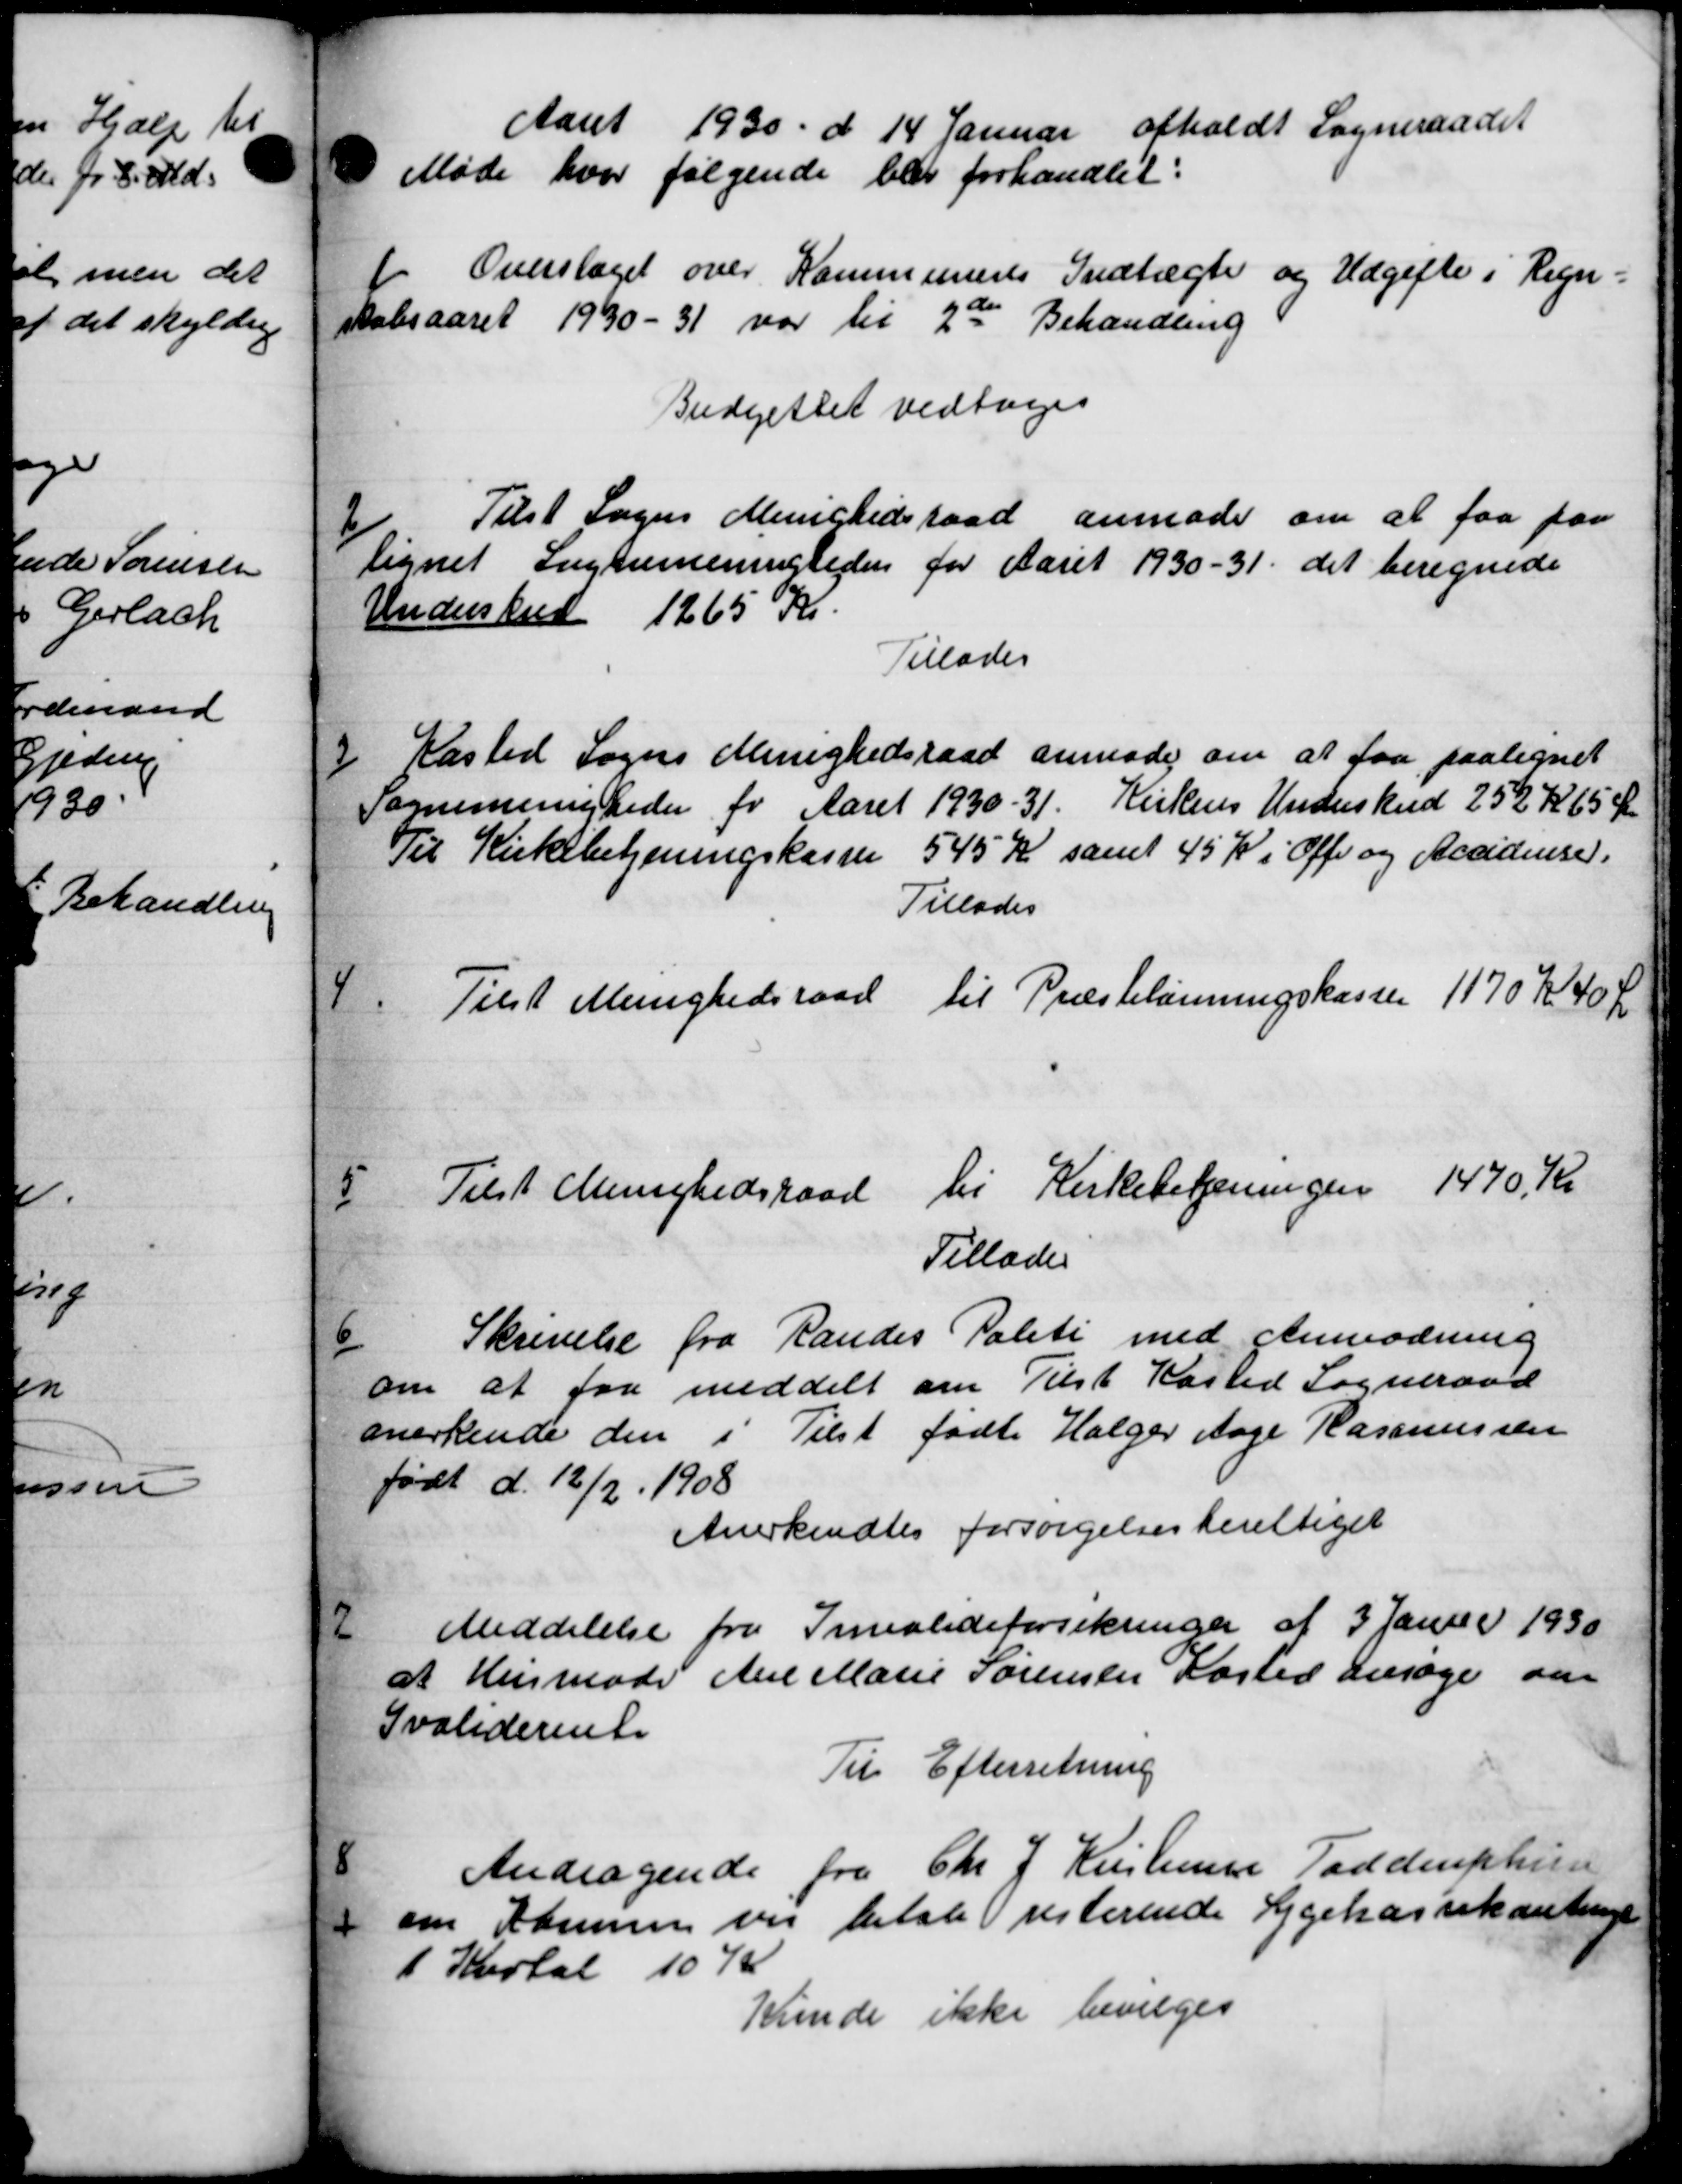
Transskription:
Aaret 1930 d. 14 Januar afholdt Sogneraadet
Møde hvor følgende blev forhandlet:
Overslaget over Kommunens Indtægter og Udgifte i Regn=
Aabsaaret 1930-31 var til 2de Behandling
Budgettet vedtoges
2
Tilst Sogns Menighedsraad anmoder om at faa paa
lignet Luggumeningheden for Aaret 1930-31. det beregnede
Underskred 1265 Kr.
Tillades
3
Kasted Sogns Menighedsraad anmoder om at faa paalignet
Sognemenigheder for Aaret 1930-31. Kirkens Underskud 252 Kr 65 Øre
Til Kirkebetjeningskassen 545 Kr samt 45 K i Offe og Accidense.
Tillades
4
Tilst Menighedsraad til Præstelønningskassen 1170 Kr 40 Kr
5
Tilst Menighedsraad til Kirkebetjeningen 1470 Kr
Tillader
6
Skrivelse fra Randes Politi med Anmodning
om at faa meddelt om Tilst Kasted Sogneraad
anerkende den i Tilst fødte Holger Aage Rasmussen
født d. 12/2 1908
Anerkendtes forsørgelsesberettiget
7
Meddelelse fra Invalideforsikringen af 3 Janur 1930
at Husmode Ane Marie Sørensen Kasted ansøger om
Ivaliderente
Til Efterretning
8
Andragende fra Chr J Kristensen Toddruphin
 om Komune var betale resterende Sygekassekontinge
1 Kvartal 107
Kunde ikke bevilges